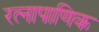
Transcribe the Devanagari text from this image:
रत्‍नापाणिक